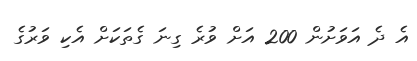
އެ ދެ އަވަށުން 200 އަށް ވުރެ ގިނަ ގެތަަކަށް އެކި ވަރުގެ